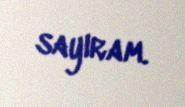
sayıram.